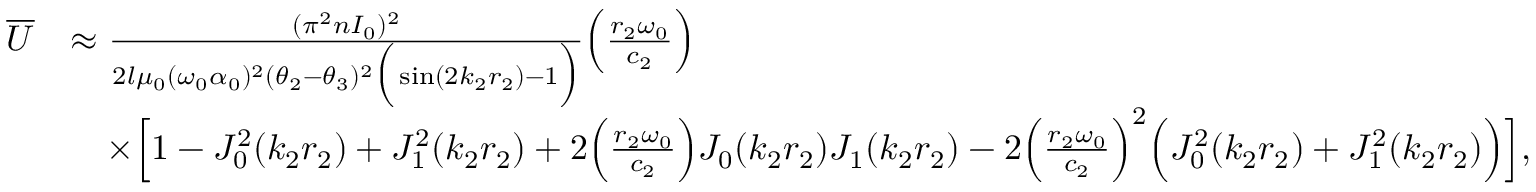
\begin{array} { r l } { \overline { { U } } } & { \approx \frac { ( \pi ^ { 2 } n I _ { 0 } ) ^ { 2 } } { 2 l \mu _ { 0 } ( \omega _ { 0 } \alpha _ { 0 } ) ^ { 2 } ( \theta _ { 2 } - \theta _ { 3 } ) ^ { 2 } \Big ( \sin ( 2 k _ { 2 } r _ { 2 } ) - 1 \Big ) } \Big ( \frac { r _ { 2 } \omega _ { 0 } } { c _ { 2 } } \Big ) } \\ & { \quad \times \Big [ 1 - J _ { 0 } ^ { 2 } ( k _ { 2 } r _ { 2 } ) + J _ { 1 } ^ { 2 } ( k _ { 2 } r _ { 2 } ) + 2 \Big ( \frac { r _ { 2 } \omega _ { 0 } } { c _ { 2 } } \Big ) J _ { 0 } ( k _ { 2 } r _ { 2 } ) J _ { 1 } ( k _ { 2 } r _ { 2 } ) - 2 \Big ( \frac { r _ { 2 } \omega _ { 0 } } { c _ { 2 } } \Big ) ^ { 2 } \Big ( J _ { 0 } ^ { 2 } ( k _ { 2 } r _ { 2 } ) + J _ { 1 } ^ { 2 } ( k _ { 2 } r _ { 2 } ) \Big ) \Big ] , } \end{array}